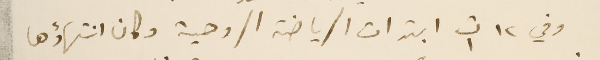
وفي ١٢ ت١ ابتدات الرياضة الروحية وكان انتهاؤها